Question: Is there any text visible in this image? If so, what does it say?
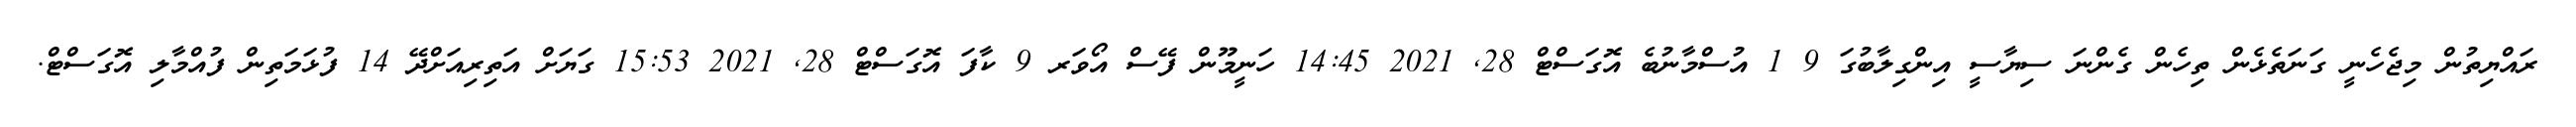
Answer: ރައްޔިތުން މިޖެހެނީ ގަނަތެޅެން ތިހެން ގެންނަ ސިޔާސީ އިންގިލާބުގަ 9 1 އުސްމާނުބެ އޮގަސްޓް 28, 2021 14:45 ހަނީމޫން ފޭސް އޯވަރ 9 ކާފަ އޮގަސްޓް 28, 2021 15:53 ގަޔަށް އަތިރިއަށްދޭ 14 ފުޅަމަތިން ފުއްމާލި އޮގަސްޓް.